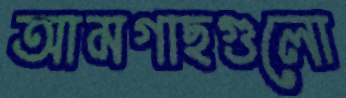
আমগাছগুলো